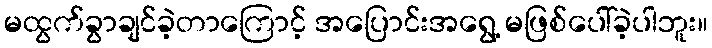
မထွက်ခွာချင်ခဲ့တာကြောင့် အပြောင်းအရွေ့ မဖြစ်ပေါ်ခဲ့ပါဘူး။